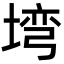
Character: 塆